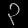
Digit: ၃